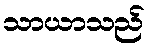
သာယာသည်